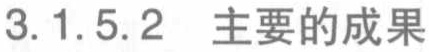
3.1.5.2 主要的成果